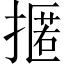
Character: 𢴚